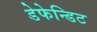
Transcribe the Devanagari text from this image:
डेफेन्डिट